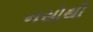
નસોથી